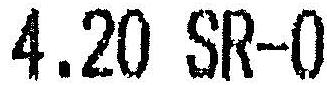
4.20 SR-0